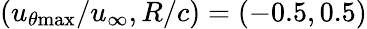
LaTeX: (u_{\theta\mathrm{{max}}}/u_{\infty},R/c)=(-0.5,0.5)